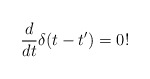
\begin{align*}\frac{d}{dt}\delta (t-t')=0!\end{align*}